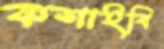
কশাইবি